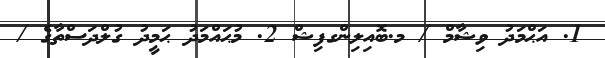
1. އަޙްމަދު ވިޝާމް / މ.ބޮއިލިންގފިޝް 2. މުޙައްމަދު ޙަމީދު ގުލްދަސްތާގެ /